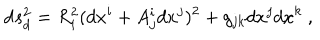
\mathrm { d } s _ { d } ^ { 2 } = R _ { i } ^ { 2 } ( d x ^ { i } + A _ { j } ^ { i } d x ^ { j } ) ^ { 2 } + g _ { j k } d x ^ { j } d x ^ { k } \ ,